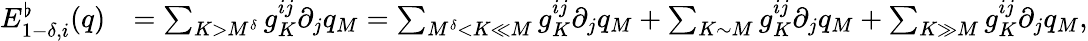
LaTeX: \begin{array}{rl}{E_{1-\delta,i}^{\flat}(q)}&{=\sum_{K>M^{\delta}}g_{K}^{ij}\partial_{j}q_{M}=\sum_{M^{\delta}<K\ll M}g_{K}^{ij}\partial_{j}q_{M}+\sum_{K\sim M}g_{K}^{ij}\partial_{j}q_{M}+\sum_{K\gg M}g_{K}^{ij}\partial_{j}q_{M},}\end{array}